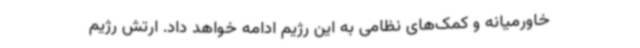
خاورمیانه و کمک‌های نظامی به این رژیم ادامه خواهد داد. ارتش رژیم